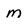
Character: m